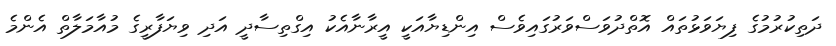
ދަތިކުރުމުގެ ފިޔަވަޅުތައް އޮތްދުވަސްވަރުގައިވެސް އިންޑިޔާއަކީ އީރާނާއެކު އިގްތިސާދީ އަދި ވިޔަފާރީގެ މުއާމަލާތް އެންމެ